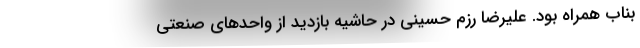
بناب همراه بود. علیرضا رزم حسینی در حاشیه بازدید از واحدهای صنعتی